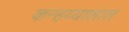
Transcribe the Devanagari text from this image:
कन्हय्यालाल